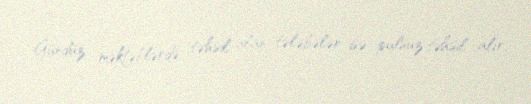
Gündüz məktəblərdə təhsil alan tələbələr isə pulsuz təhsil alır.